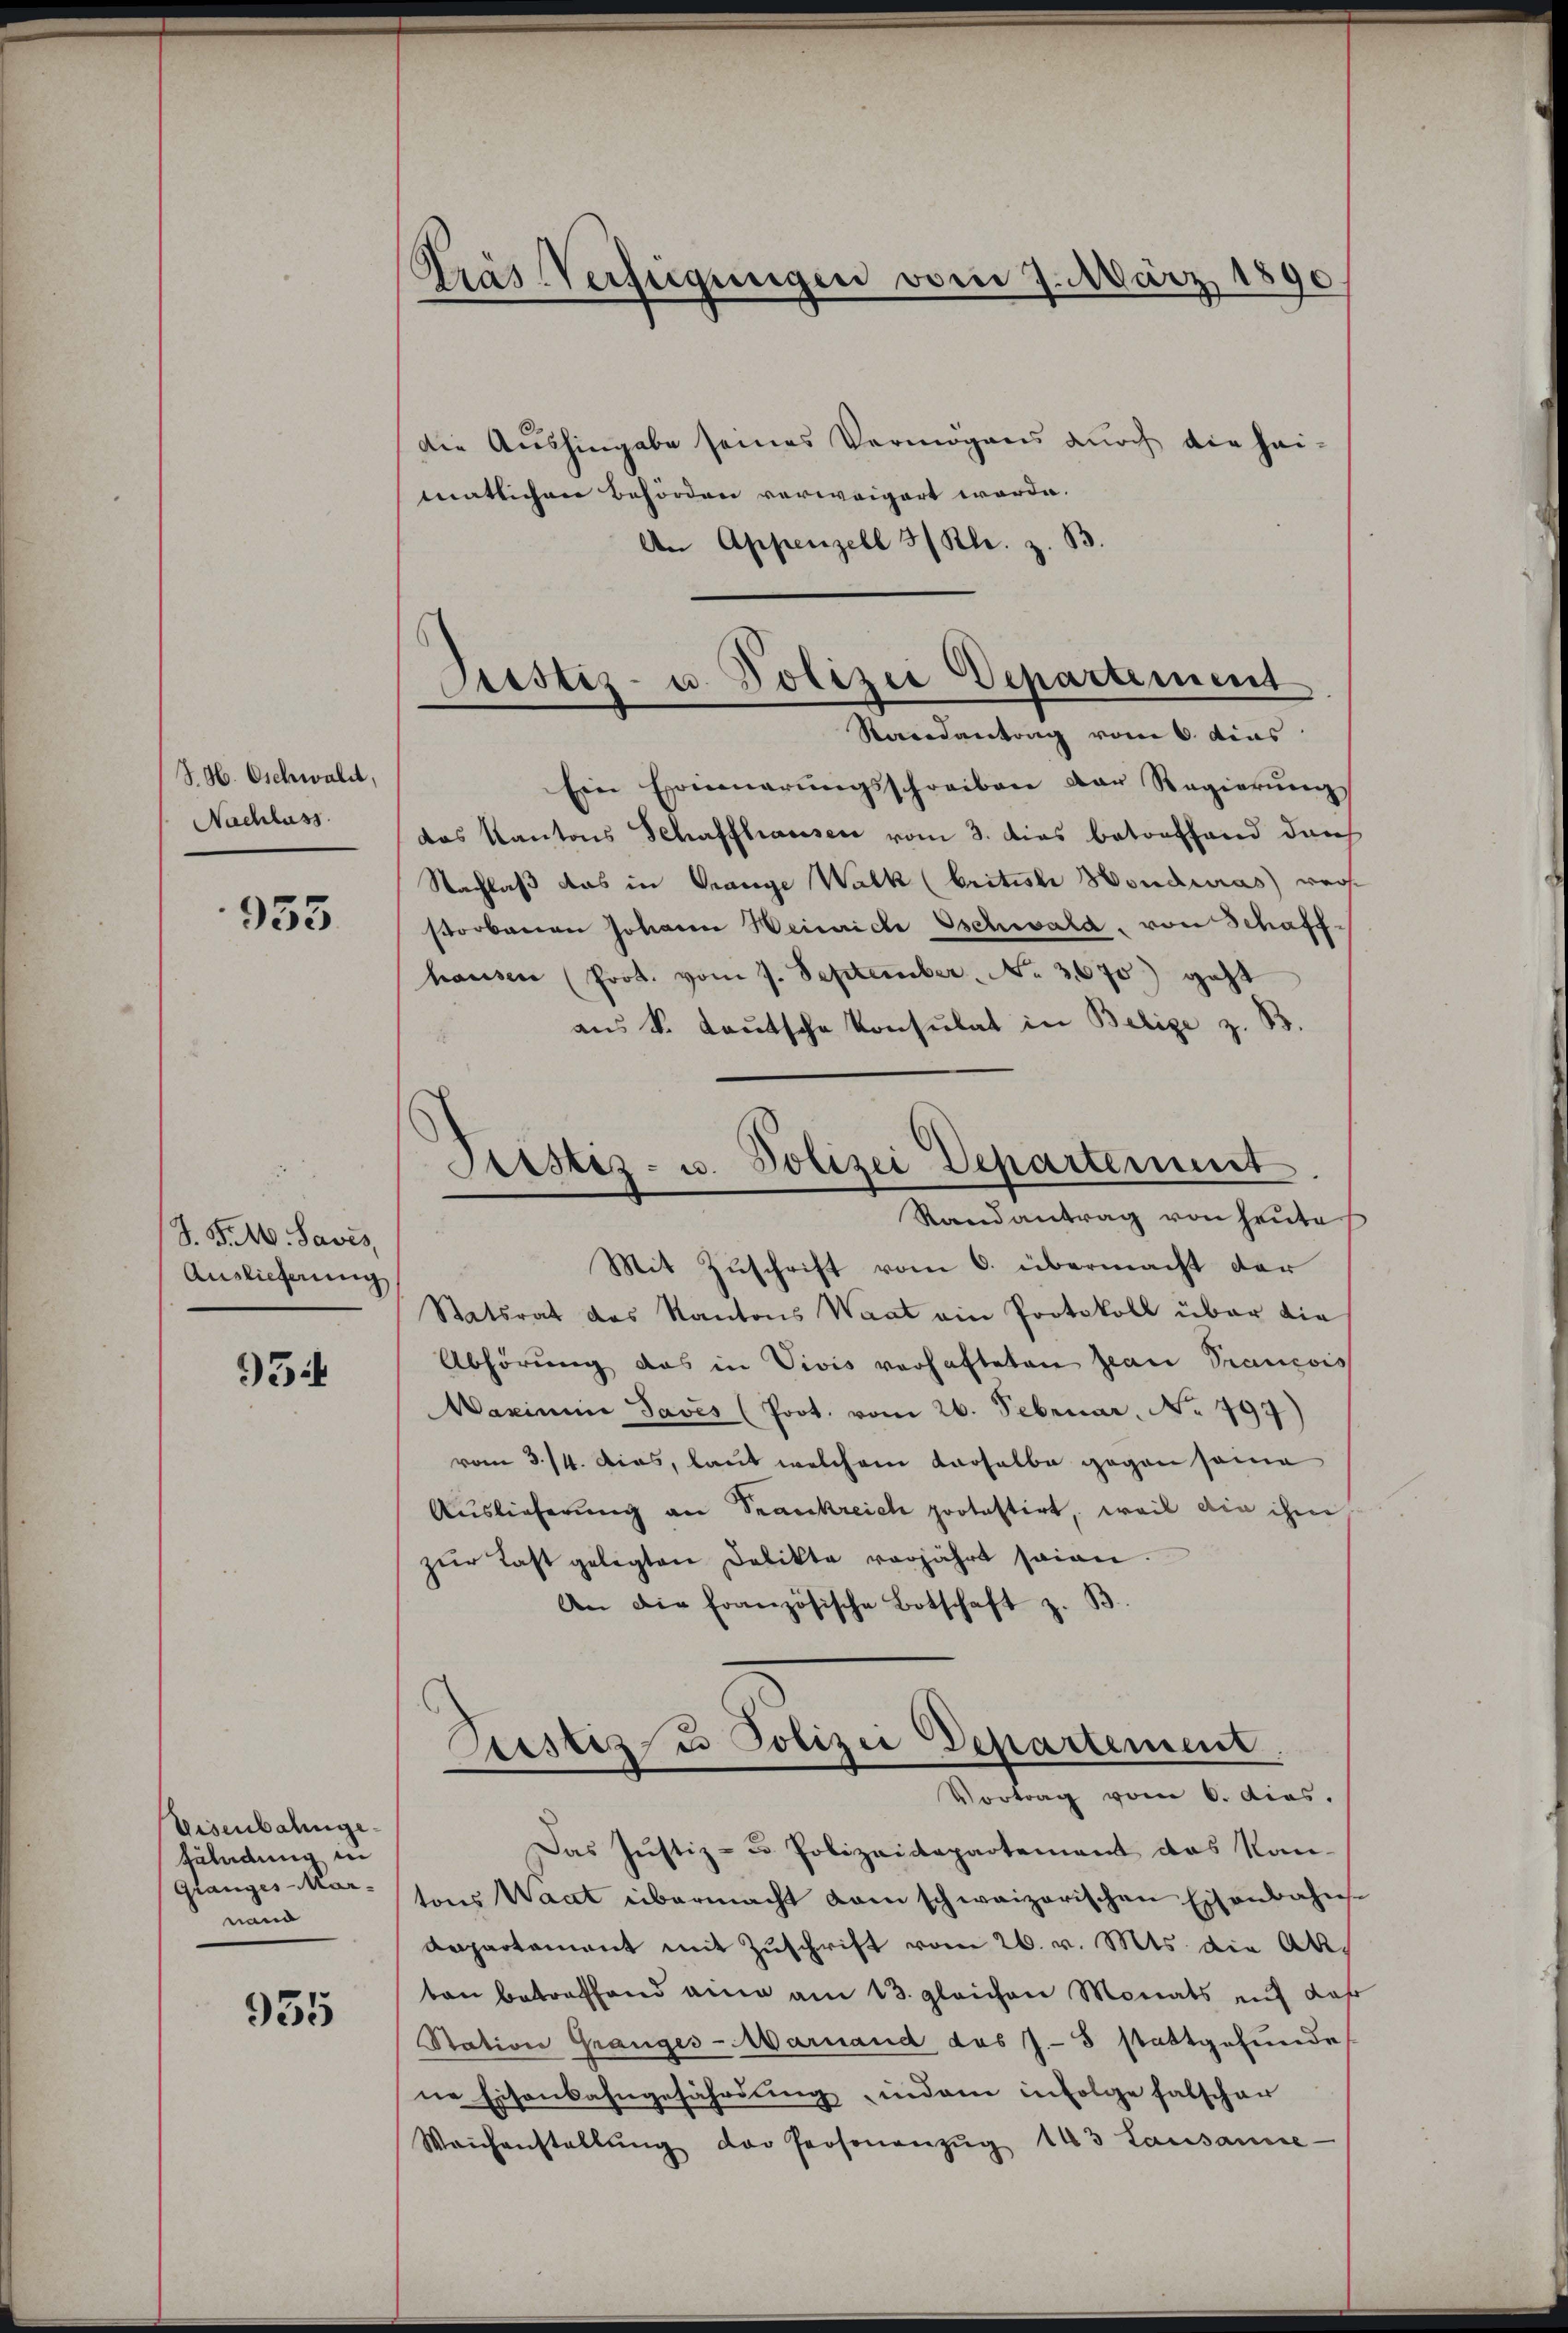
S. H. Oschwald,
Nachlass

955

S. P. M. Saves,
Auslieferung

934

Eisenbahnge
zuladung in
Granges-Mar-
nand

955

Kras Verfügungen vom 7. März 1890

Justiz- u. Polizei Departement
Raredantung vom 6. dies

die Aushingabe seines Vermögens durch die hei-
matlichen Behörden verweigert worde.
An Appenzell 3/ Kl. z. B.
Ein Erinnerŭngsschreiben der Regierŭng
das Kantons Schaffhausen vom 3. dies betreffend dan
Nachlaß das in Grange Walk (british Honduras) wer
storbenen Johann Weinriche Oschwald, von Schaffhausen (Prot. vom 7. September No. 3670) geht
aŭs k. Laŭtsche Konsulat in Belige z. B.
Sistiz- u. Polizei Departement
Randantrag von heute
Mit Zuschrift vom 6. übermacht der
Statsrat des Kantons Waat ein Protokoll über die
Abhörung das in Vivis verhafteten Jean Prancois
Maximina Javis (Poot. vom 26. Februar, No 797)
vom 3./4. dies, laut welchem derselbe gegen seine
Auslieferung an Srankreich protestirt, weil die ihm
zŭr Last gelegten Delikte vorjährt seien.
An die französische Botschaft z. B.

Bestiz & Polizei Departement
Vortrag vom 6. dies.

Das Justiz- u. Polizeidepartement das Kan-
tons Waat übermacht kam schweizerischen Eisenbahns-
departament mit Zuschrift vom 26. v. Mts. die Ak
ten betreffend eine am 13. gleichen Monats auf Jahr
Station Granges-Marnaud das J.-8 stattgefunde
ne Eisenbahngefährdung indem infolge falscher
Waihanstallŭng der Personanzŭg 143 Lausanne